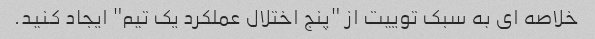
خلاصه ای به سبک توییت از "پنج اختلال عملکرد یک تیم" ایجاد کنید.